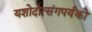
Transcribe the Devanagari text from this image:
यशोदोत्संगपर्यंको